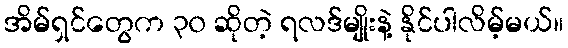
အိမ်ရှင်တွေက ၃၀ ဆိုတဲ့ ရလဒ်မျိုးနဲ့ နိုင်ပါလိမ့်မယ်။